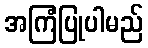
အကြံပြုပါမည်